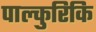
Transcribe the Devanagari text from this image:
पाल्कुरिकि